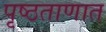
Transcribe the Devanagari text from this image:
पृष्ठताणात